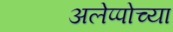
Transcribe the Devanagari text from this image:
अलेप्पोच्या